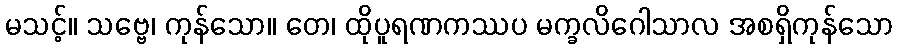
မသင့်။ သဗ္ဗေ၊ ကုန်သော။ တေ၊ ထိုပူရဏကဿပ မက္ခလိဂေါသာလ အစရှိကုန်သော